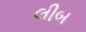
લીબ